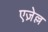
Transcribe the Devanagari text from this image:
एज़ेल्ल